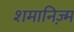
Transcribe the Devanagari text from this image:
शमानिज़्म